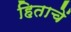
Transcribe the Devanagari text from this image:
हिताचें